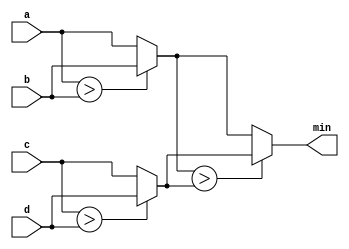
module top_module (
    input [7:0] a, b, c, d,
    output [7:0] min);//

    // assign intermediate_result1 = compare? true: false;
    
    wire [7:0] buff_0, buff_1;
    
    assign buff_0 = (a>b) ? b : a;
    assign buff_1 = (c>d) ? d : c;
    assign min = (buff_0>buff_1) ? buff_1 : buff_0;

endmodule